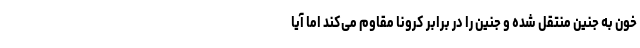
خون به جنین منتقل شده و جنین را در برابر کرونا مقاوم می‌کند اما آیا